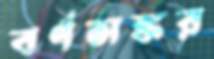
বর্ণসঙ্কর